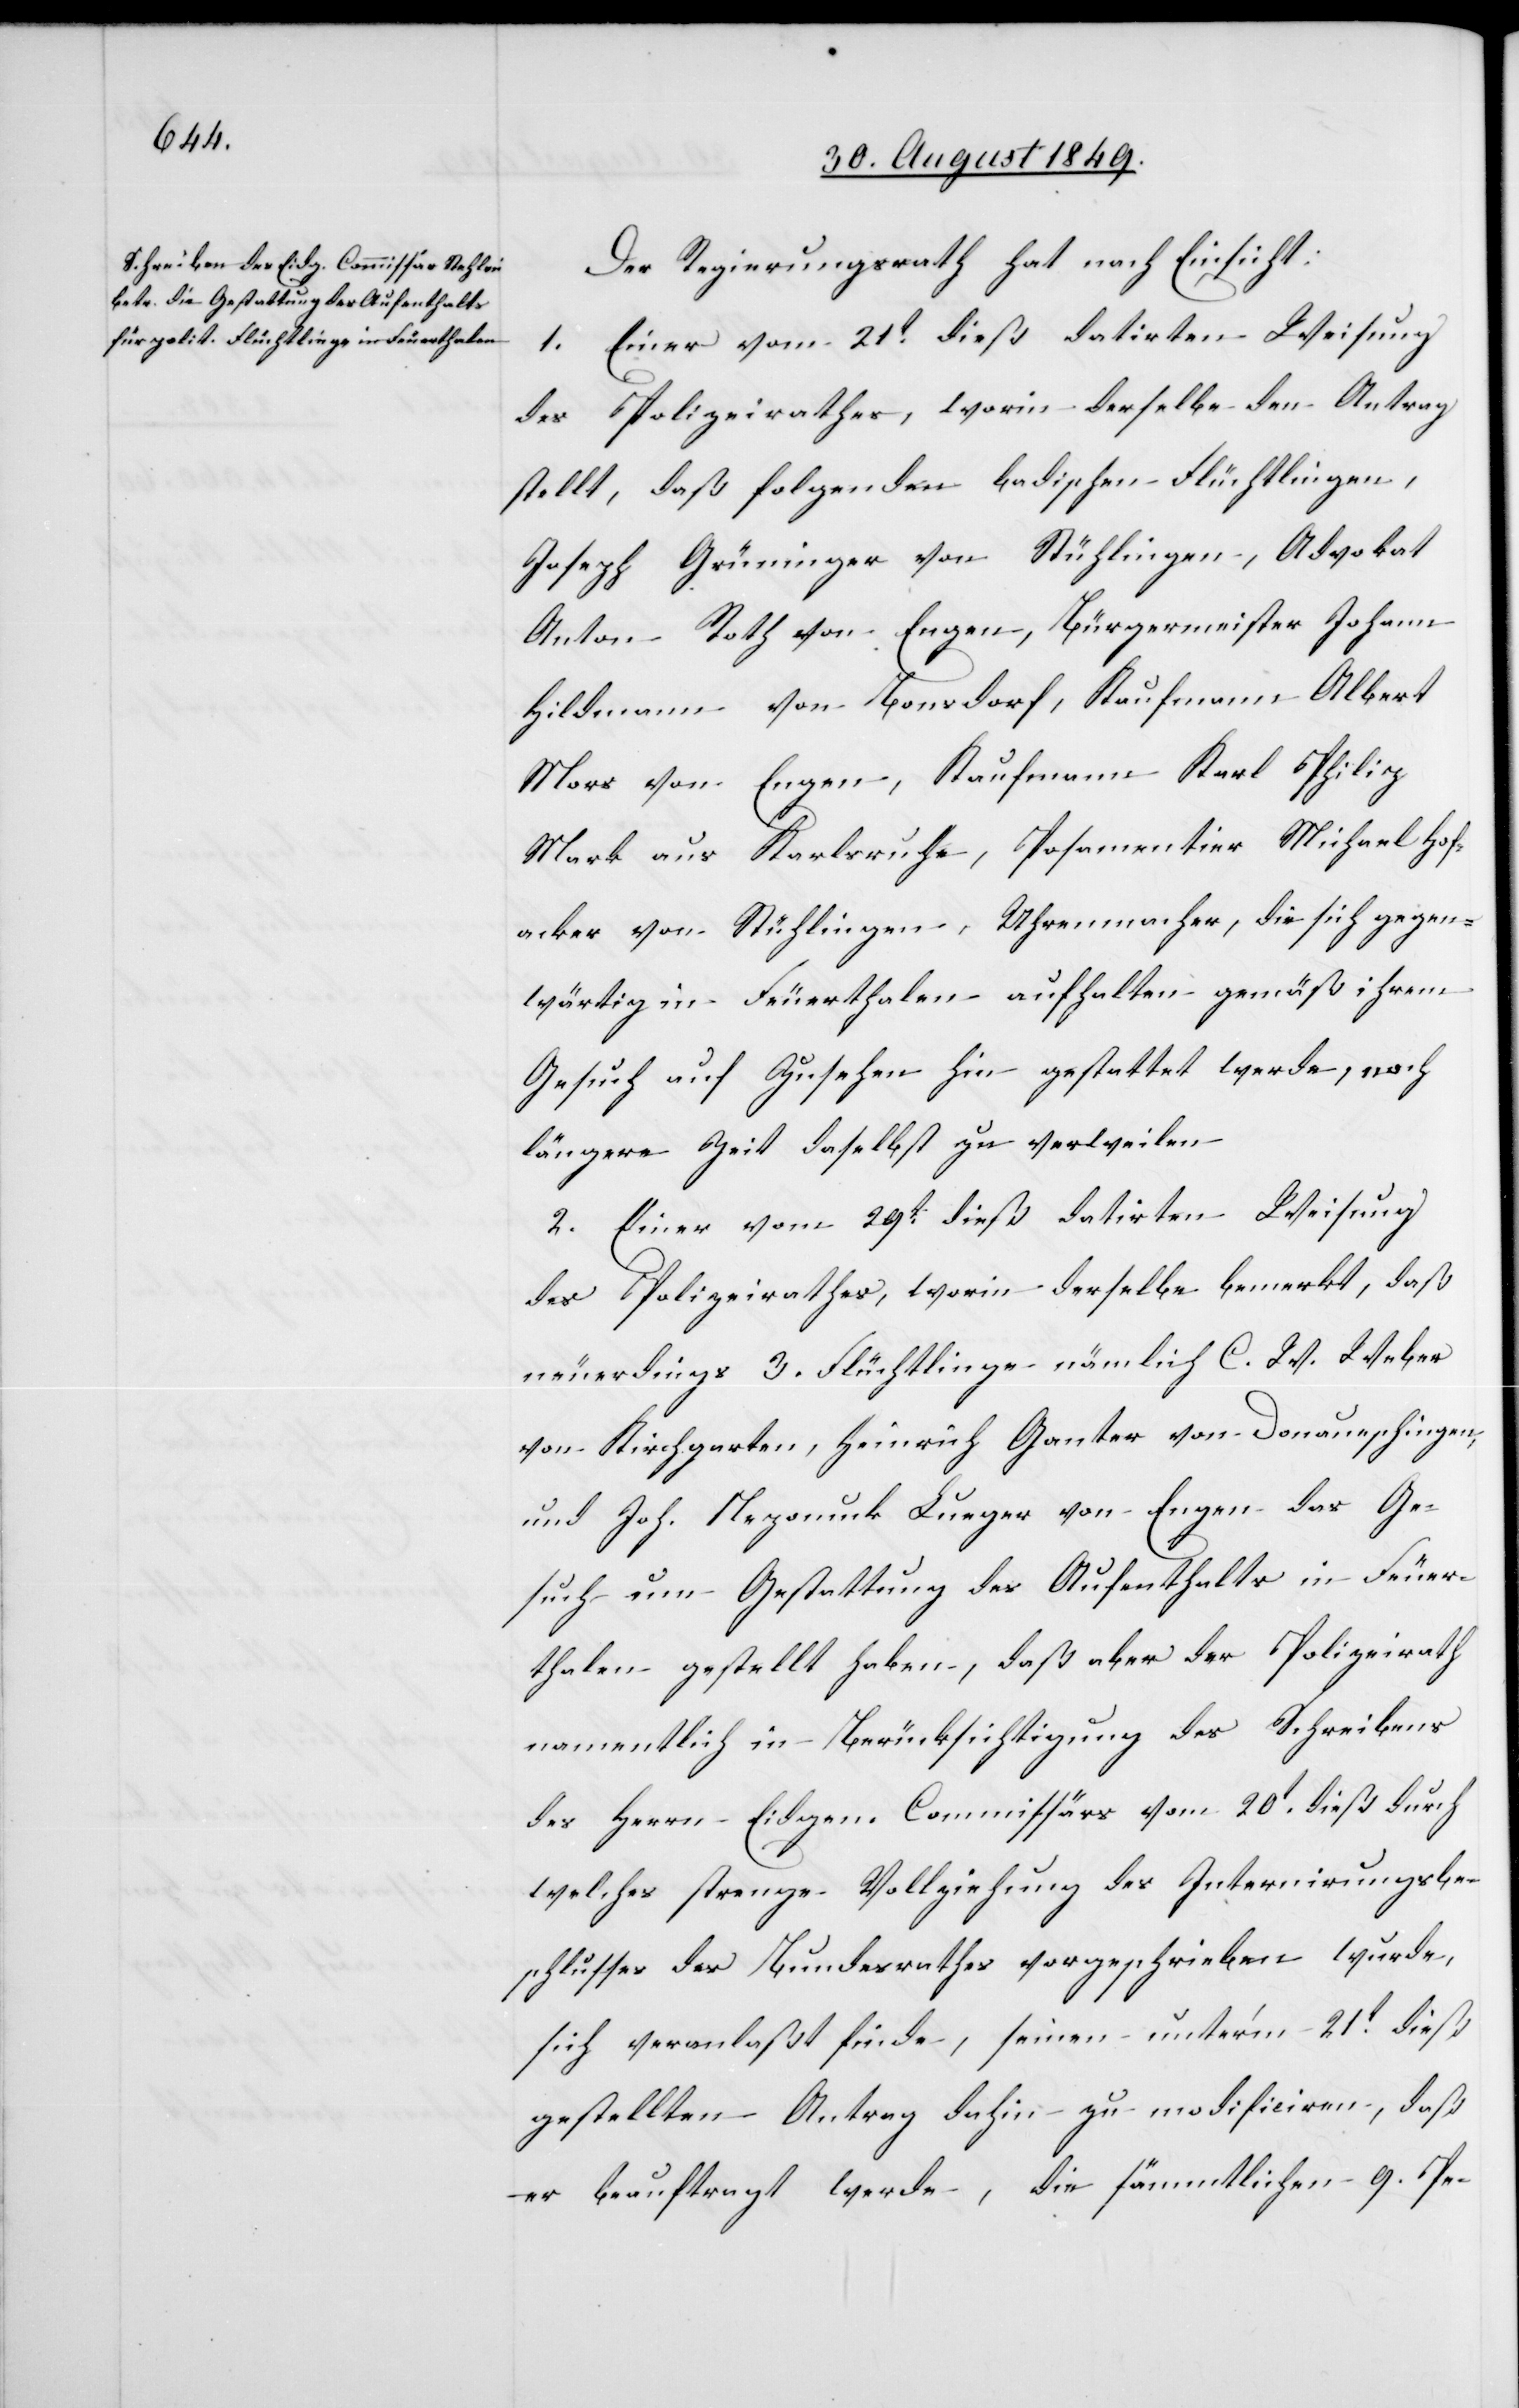
Der Regierungsrath hat nach Einsicht:
1. Einer vom 21t dieß datirten Weisung
des Polizeirathes, worin derselbe den Antrag
stellt, daß folgenden badischen Flüchtlingen,
Joseph Grüninger von Stühlingen, Advokat
Anton Roth von Engen, Bürgermeister Johann
Hildmann von Bonsdorf, Kaufmann Albert
Mors von Engen, Kaufmann Karl Philip
Mark aus Karlsruhe, Posamentier Michael Hof¬
acker von Stühlingen, Uhrenmacher, die sich gegen¬
wärtig in Feuerthalen aufhalten gemäß ihrem
Gesuch auf Zusehen hin gestattet werde, noch
längere Zeit daselbst zu verweilen.
2. Einer vom 29t dieß datirten Weisung
des Polizeirathes, worin derselbe bemerkt, daß
neuerdings 3. Flüchtlinge nämlich C. W. Weber
von Kirchgarten, Heinrich Ganter von Donaueschingen,
und Joh. Nepomuk Lueger von Engen das Ge¬
such um Gestattung des Aufenthalts in Feuer¬
thalen gestellt haben, daß aber der Polizeirath
namentlich in Berücksichtigung des Schreibens
des Herrn Eidgen. Commissärs vom 20t dieß durch
welches strenge Vollziehung des Internirungsbe¬
schlusses des Bundesrathes vorgeschrieben wurde,
sich veranlaßt finde, seinen unter’m 21t dieß
gestellten Antrag dahin zu modificiren, daß
er beauftragt werde, die sämmtlichen 9. Pe-